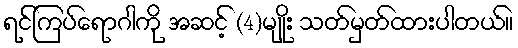
ရင်ကြပ်ရောဂါကို အဆင့် (4)မျိုး သတ်မှတ်ထားပါတယ်။